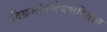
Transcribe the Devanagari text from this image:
विक्रमांकदेवचरितात